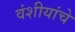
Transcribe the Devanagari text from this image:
वंशीयांचे